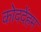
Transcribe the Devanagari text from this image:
कोददेंहम